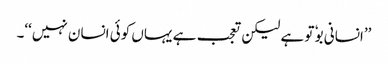
’’انسانی بوٗ تو ہے لیکن تعجب ہے یہاں کوئی انسان نہیں‘‘۔